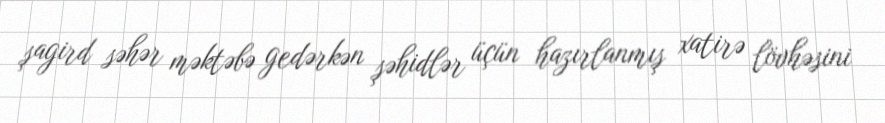
şagird səhər məktəbə gedərkən şəhidlər üçün hazırlanmış xatirə lövhəsini